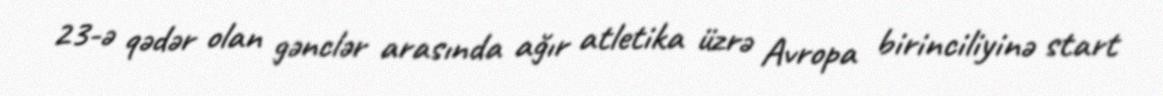
23-ə qədər olan gənclər arasında ağır atletika üzrə Avropa birinciliyinə start